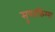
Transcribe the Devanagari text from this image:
सुपरकिंग्स